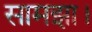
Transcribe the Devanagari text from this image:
सामझा।